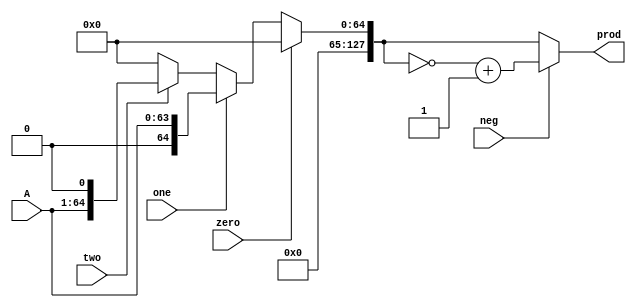
module gen_prod (
	input [63:0] A,
	input neg,
	input zero,
	input one,
	input two,
	output [127:0] prod
);

reg [127:0] prod_pre;

always @ (*) begin
	prod_pre = 64'd0;
	if (zero)
		prod_pre = 64'd0;
	else if (one)
		prod_pre = { { 64'b0 }, A};
	else if (two)
		prod_pre = { { 63'b0 }, A, 1'b0};
end

assign prod = neg ? ( ~prod_pre+1'b1 ) : prod_pre;
//assign prod=prod_pre;
endmodule